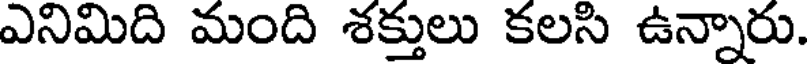
ఎనిమిది మంది శక్తులు కలసి ఉన్నారు.